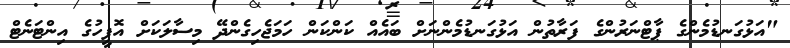
"އަޅުގަނޑުމެންގެ ޕާޓްނަރުންގެ ފަރާތުން އަޅުގަނޑުމެންނަށް ބައެއް ކަންކަން ހަމަޖެހިގެންދޭ މިސާލަކަށް އޮފީހުގެ އިންޓަނެޓް